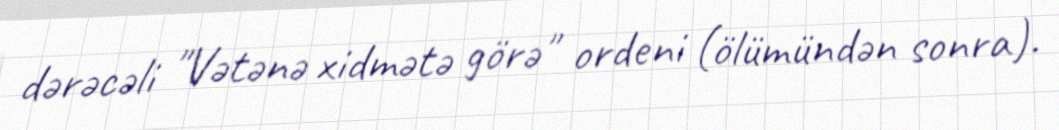
dərəcəli "Vətənə xidmətə görə" ordeni (ölümündən sonra).